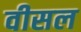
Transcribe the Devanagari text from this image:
वीसल